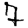
Digit: 7